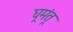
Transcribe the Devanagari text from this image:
घूमंतू